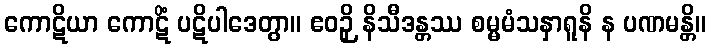
ကောဋိယာ ကောဋိံ ပဋိပါဒေတွာ။ ဧဝဉှိ နိသီဒန္တဿ စမ္မမံသနှာရူနိ န ပဏမန္တိ။